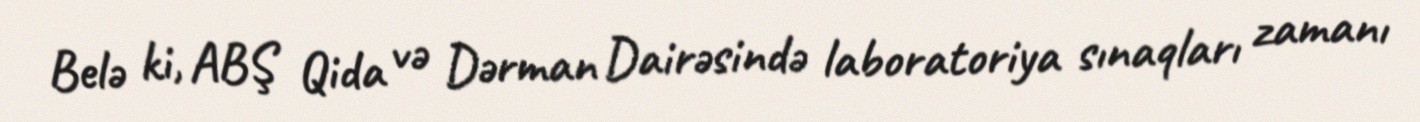
Belə ki, ABŞ Qida və Dərman Dairəsində laboratoriya sınaqları zamanı